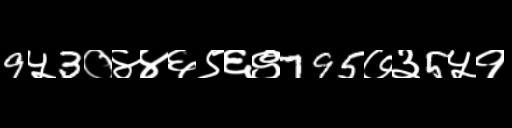
Text: 9५3०४४६९६९795७३5५१